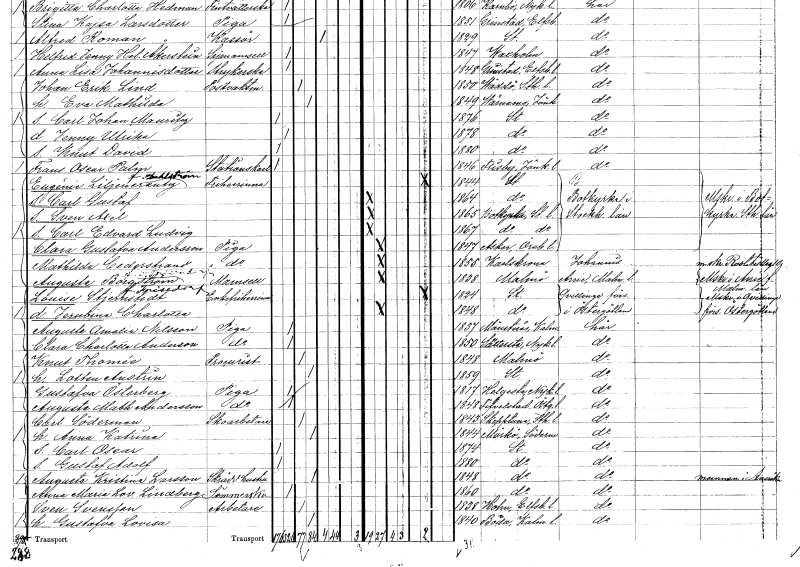
gt_parse: households: individuals: FN: Carl Gustaf
KON: M
CIV: O
FODAR: 1864
FODFORS: Stockholm
FN: Sven Axel
KON: M
CIV: O
FODAR: 1865
FODFORS: Botkyrka Stockholms län
FN: Carl Edvard Ludvig
KON: M
CIV: O
FODAR: 1867
FODFORS: Botkyrka Stockholms län
FN: Clara Gustafva
EN: Andersson
YRKE: Piga
KON: K
CIV: O
FODAR: 1847
FODFORS: Asker Örebro län
FN: Mathilda
EN: Cederstrand
YRKE: Piga
KON: K
CIV: O
FODAR: 1855
FODFORS: Karlskrona Blekinge län
FN: Augusta
EN: Borgström Frisedorf
KON: K
CIV: O
FODAR: 1838
FODFORS: Malmö Malmöhus län
FN: Louise
EN: Stjernstedt Frisedorf
KON: K
CIV: E
FODAR: 1824
FODFORS: Stockholm
FN: Jernbina Charlotta
KON: K
CIV: O
FODAR: 1848
FODFORS: Stockholm
FN: Augusta Amalia
EN: Nilsson
YRKE: Piga
KON: K
CIV: O
FODAR: 1837
FODFORS: Mönsterås Kalmar län
FN: Clara Charlotta
EN: Anderson
YRKE: Piga
KON: K
CIV: O
FODAR: 1850
FODFORS: Sättersta Södermanlands län
FN: Knut
EN: Thomée
YRKE: Prokurist
KON: M
CIV: G
FODAR: 1848
FODFORS: Malmö Malmöhus län
FN: Lotten
EN: Austrin
KON: K
CIV: G
FODAR: 1859
FODFORS: Stockholm
FN: Gustafva
EN: Österberg
YRKE: Piga
KON: K
CIV: O
FODAR: 1817
FODFORS: Helgesta Södermanlands län
FN: Augusta Mathilda
EN: Andersson
YRKE: Piga
KON: K
CIV: O
FODAR: 1848
FODFORS: Fivelstad Östergötlands län
FN: Carl
EN: Söderman
YRKE: Skoarbetare
KON: M
CIV: G
FODAR: 1843
FODFORS: Skepptuna Stockholms län
FN: Anna Katrina
KON: K
CIV: G
FODAR: 1844
FODFORS: Mörkö Stockholms län
FN: Carl Oscar
KON: M
CIV: O
FODAR: 1874
FODFORS: Stockholm
FN: Gustaf Adolf
KON: M
CIV: O
FODAR: 1880
FODFORS: Stockholm
FN: Augusta Kristina
EN: Larsson
YRKE: Skräddarehustru
KON: K
CIV: G
FODAR: 1848
FODFORS: Stockholm
FN: Anna Maria Lovisa
EN: Lindberg
YRKE: Sömmerska
KON: K
CIV: O
FODAR: 1860
FODFORS: Stockholm
FN: Sven
EN: Svensson
YRKE: Arbetare
KON: M
CIV: G
FODAR: 1838
FODFORS: Holm Älvsborgs län
FN: Gustafva Lovisa
KON: K
CIV: G
FODAR: 1840
FODFORS: Böda Kalmar län